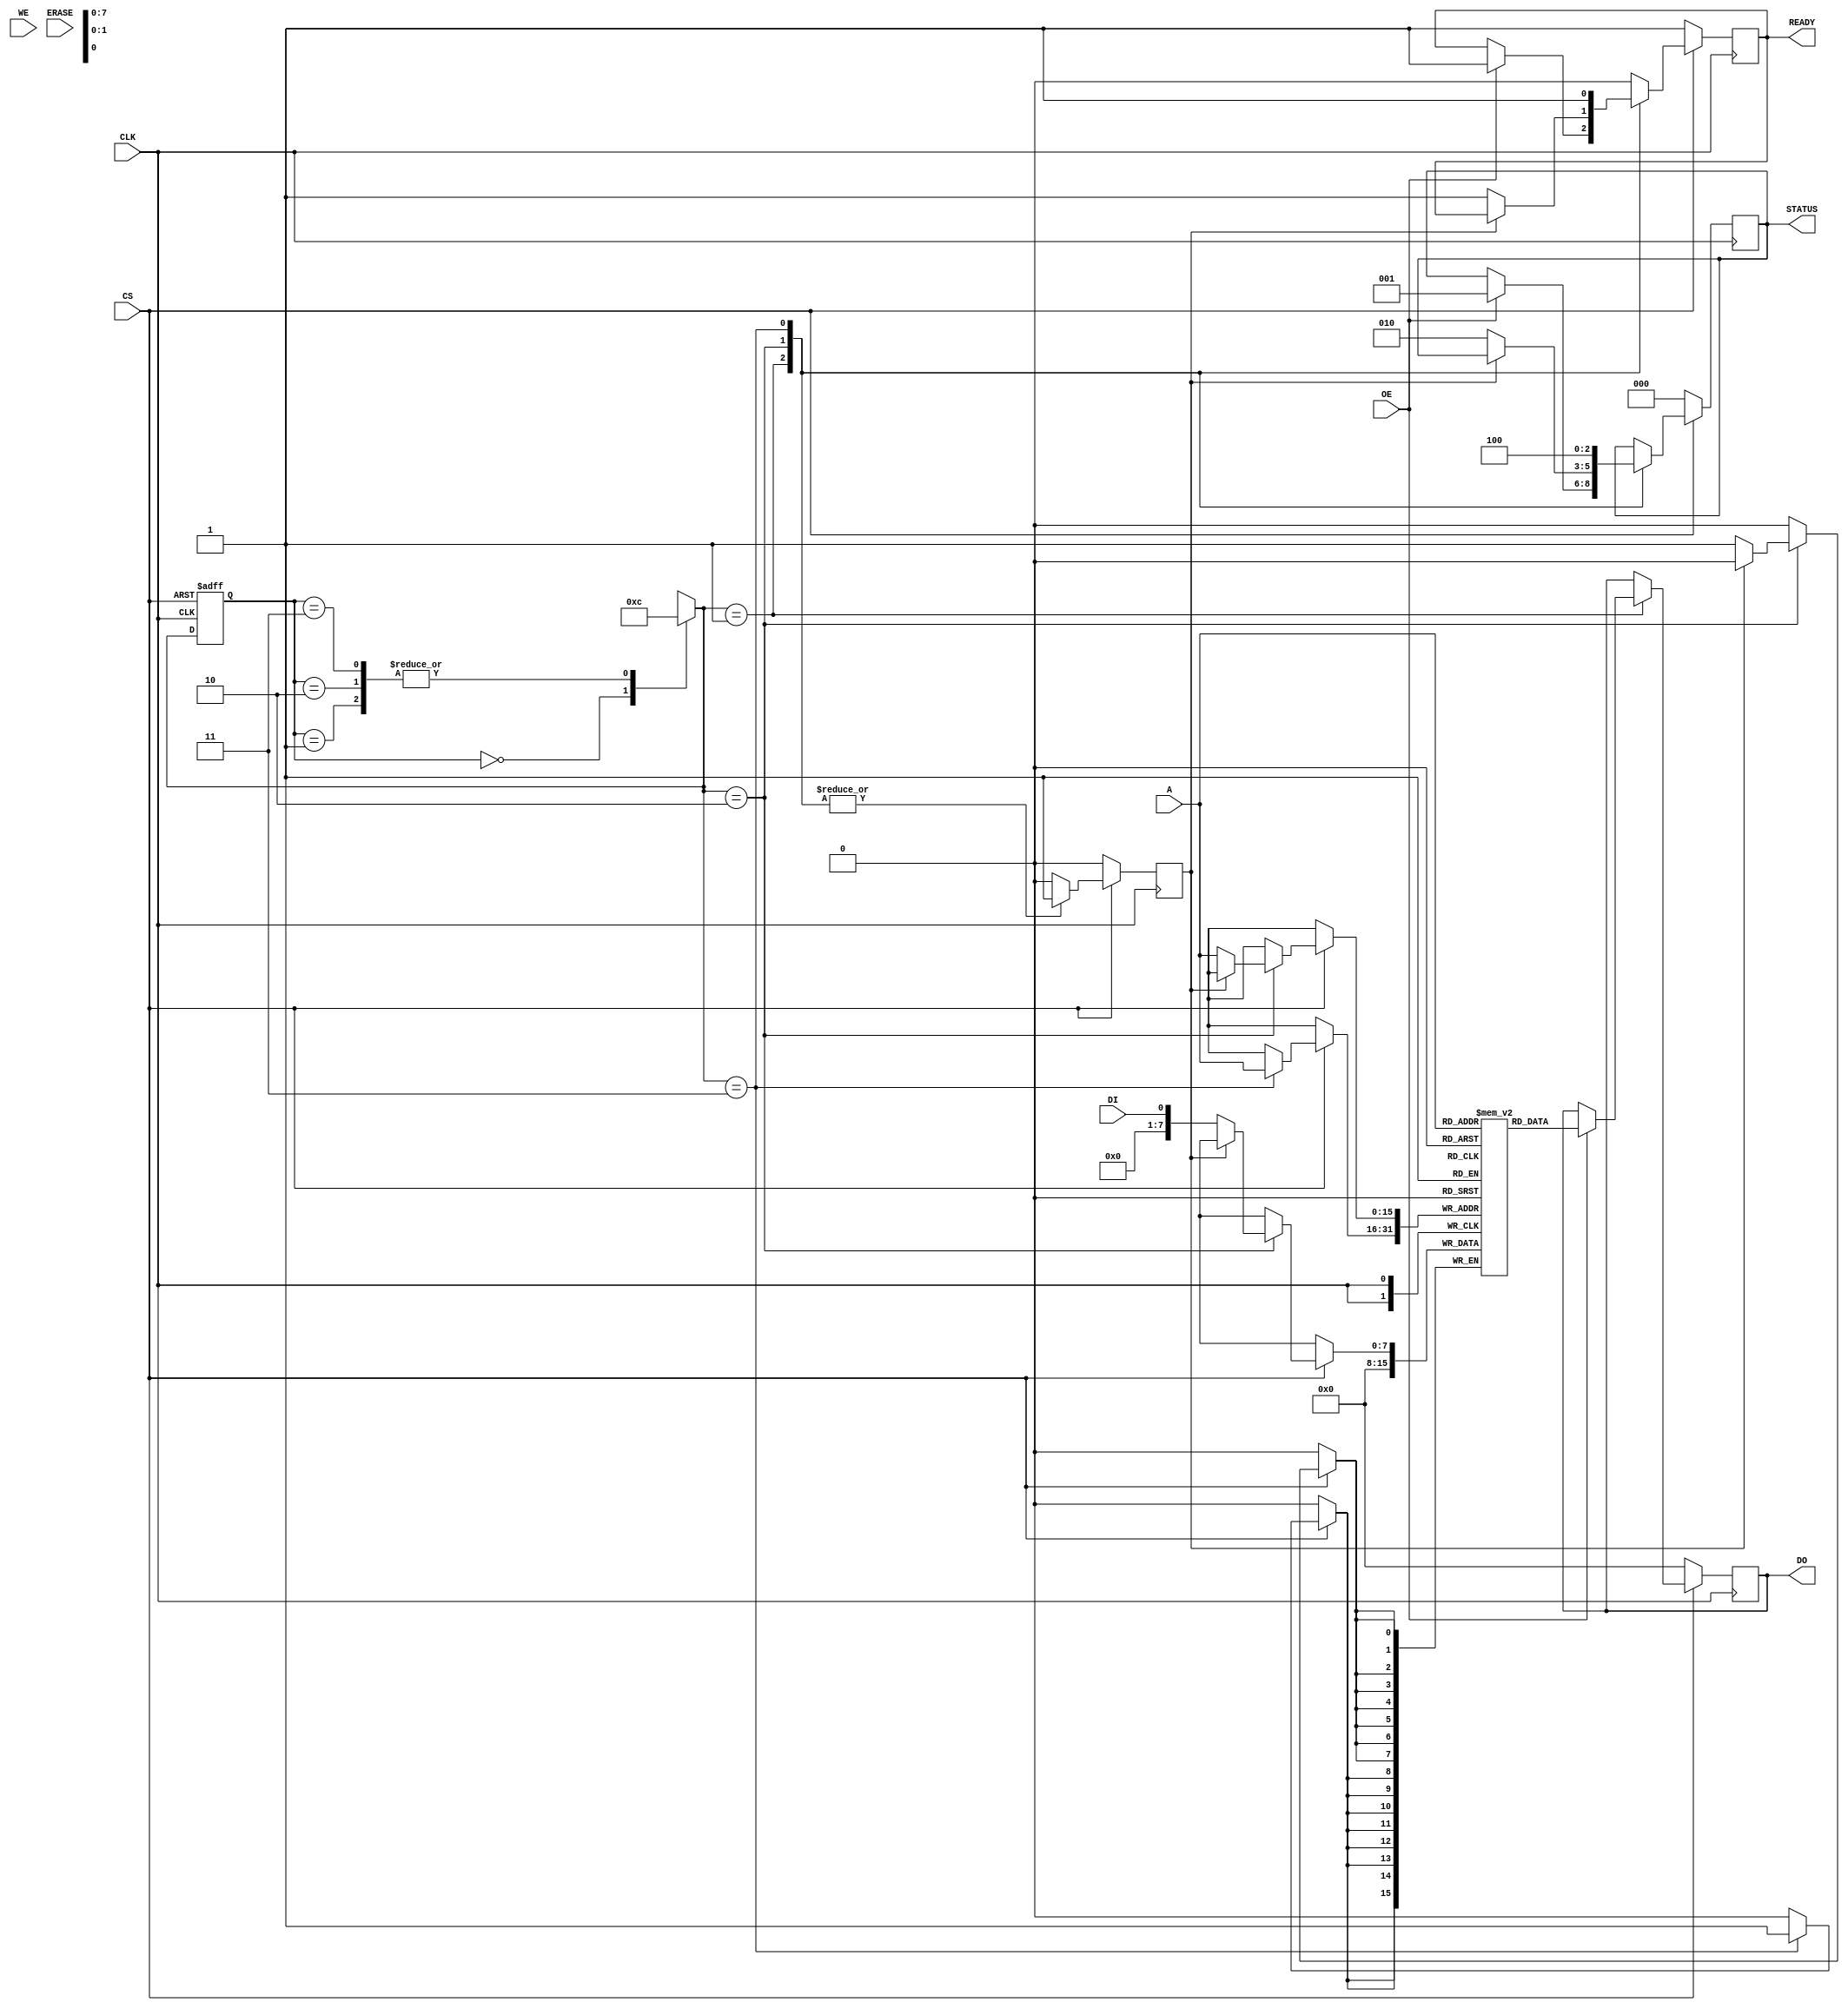
module FlashEEPROM_IO_Block (
    input wire CLK,            // Clock signal
    input wire CS,             // Chip Select, active-low
    input wire WE,             // Write Enable
    input wire OE,             // Output Enable
    input wire DI,             // Data Input
    input wire [15:0] A,       // Address Input (16-bit)
    input wire ERASE,          // Erase Signal
    
    output reg [7:0] DO,       // Data Output (8-bit)
    output reg [2:0] STATUS,    // Status signals (3-bits)
    output reg READY           // Ready signal
);

// State Definitions
localparam IDLE = 2'b00,
           READ = 2'b01,
           WRITE = 2'b10,
           ERASE = 2'b11;

reg [1:0] state, next_state;
reg [7:0] memory [0:65535]; // Simple 64KB Flash memory array (for demonstration)
reg busy;

// Initial / reset conditions
initial begin
    READY = 1'b1;
    STATUS = 3'b000; // Initially, no status
    busy = 1'b0;
    state = IDLE;
end

// State Machine for control logic
always @(posedge CLK or negedge CS) begin
    if (~CS) begin
        state <= IDLE; // Reset state when CS is not asserted
    end else begin
        state <= next_state;
    end
end

// Next State Logic
always @(*) begin
    case (state)
        IDLE: begin
            if (ERASE) begin
                next_state = ERASE;
            end else if (~WE && ~CS) begin
                next_state = WRITE;
            end else if (~OE && ~CS) begin
                next_state = READ;
            end else begin
                next_state = IDLE;
            end
        end
        
        READ: begin
            next_state = IDLE;
        end
        
        WRITE: begin
            next_state = IDLE;
        end
        
        ERASE: begin
            next_state = IDLE;
        end
        
        default: next_state = IDLE;
    endcase
end

// Output Logic and Operation Handling
always @(posedge CLK) begin
    if (~CS) begin
        // Reset outputs when CS is not asserted
        DO <= 8'b0;
        READY <= 1'b1;
        STATUS <= 3'b000; // No status
        busy <= 1'b0;
    end else begin
        case (next_state)
            READ: begin
                if (OE) begin
                    DO <= memory[A]; // Read data from memory
                    READY <= 1'b1; // Indicate ready after read
                    STATUS <= 3'b001; // Status: read operation done
                end
                busy <= 1;
            end
            
            WRITE: begin
                if (~busy) begin
                    memory[A] <= DI; // Write data to memory
                    READY <= 1'b1; // Indicate ready after write
                    STATUS <= 3'b010; // Status: write operation done
                end
                busy <= 1;
            end
            
            ERASE: begin
                // Simple example of erasing a memory address (setting to 0)
                memory[A] <= 8'b0; // Erase data at specified address
                READY <= 1'b1; // Indicate ready after erase
                STATUS <= 3'b100; // Status: erase operation done
                busy <= 1;
            end
            
            default: begin
                READY <= 1'b0; // Not ready in default case
                busy <= 0;
            end
        endcase
    end
end

endmodule